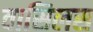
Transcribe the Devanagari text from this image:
वासिलस